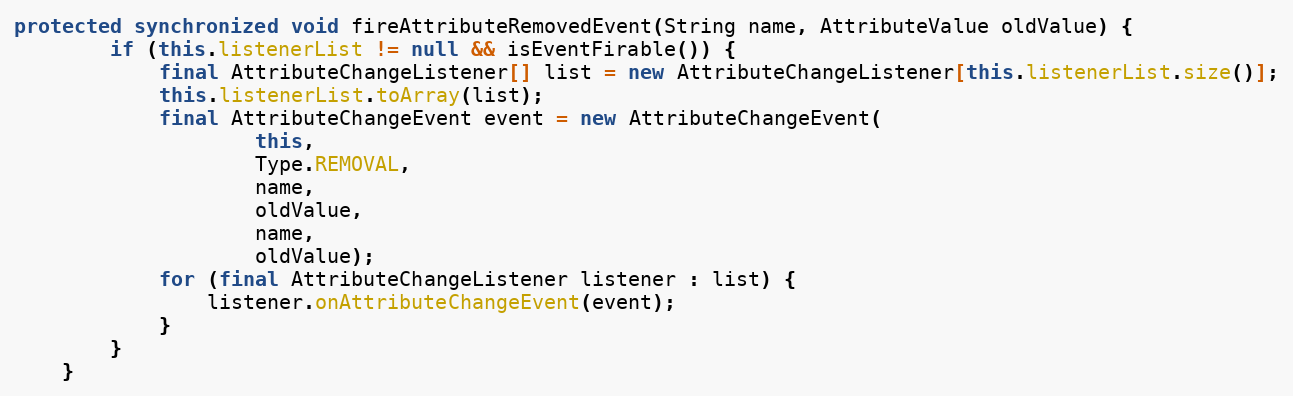
Language: Java
protected synchronized void fireAttributeRemovedEvent(String name, AttributeValue oldValue) {
		if (this.listenerList != null && isEventFirable()) {
			final AttributeChangeListener[] list = new AttributeChangeListener[this.listenerList.size()];
			this.listenerList.toArray(list);
			final AttributeChangeEvent event = new AttributeChangeEvent(
					this,
					Type.REMOVAL,
					name,
					oldValue,
					name,
					oldValue);
			for (final AttributeChangeListener listener : list) {
				listener.onAttributeChangeEvent(event);
			}
		}
	}